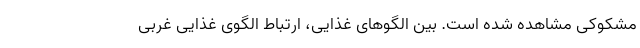
مشکوکی مشاهده شده است. بین الگوهای غذایی، ارتباط الگوی غذایی غربی